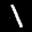
Label: 1